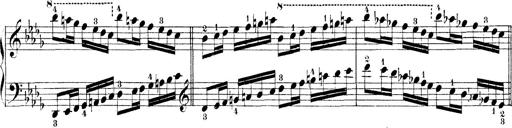
Title: Technische Studien
Composer: Franz Liszt